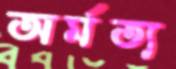
অর্মত্য